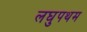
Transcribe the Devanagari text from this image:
लघुपथम